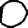
Digit: 0